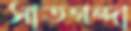
সাতগন্দা